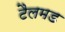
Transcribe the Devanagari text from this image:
टैलमड